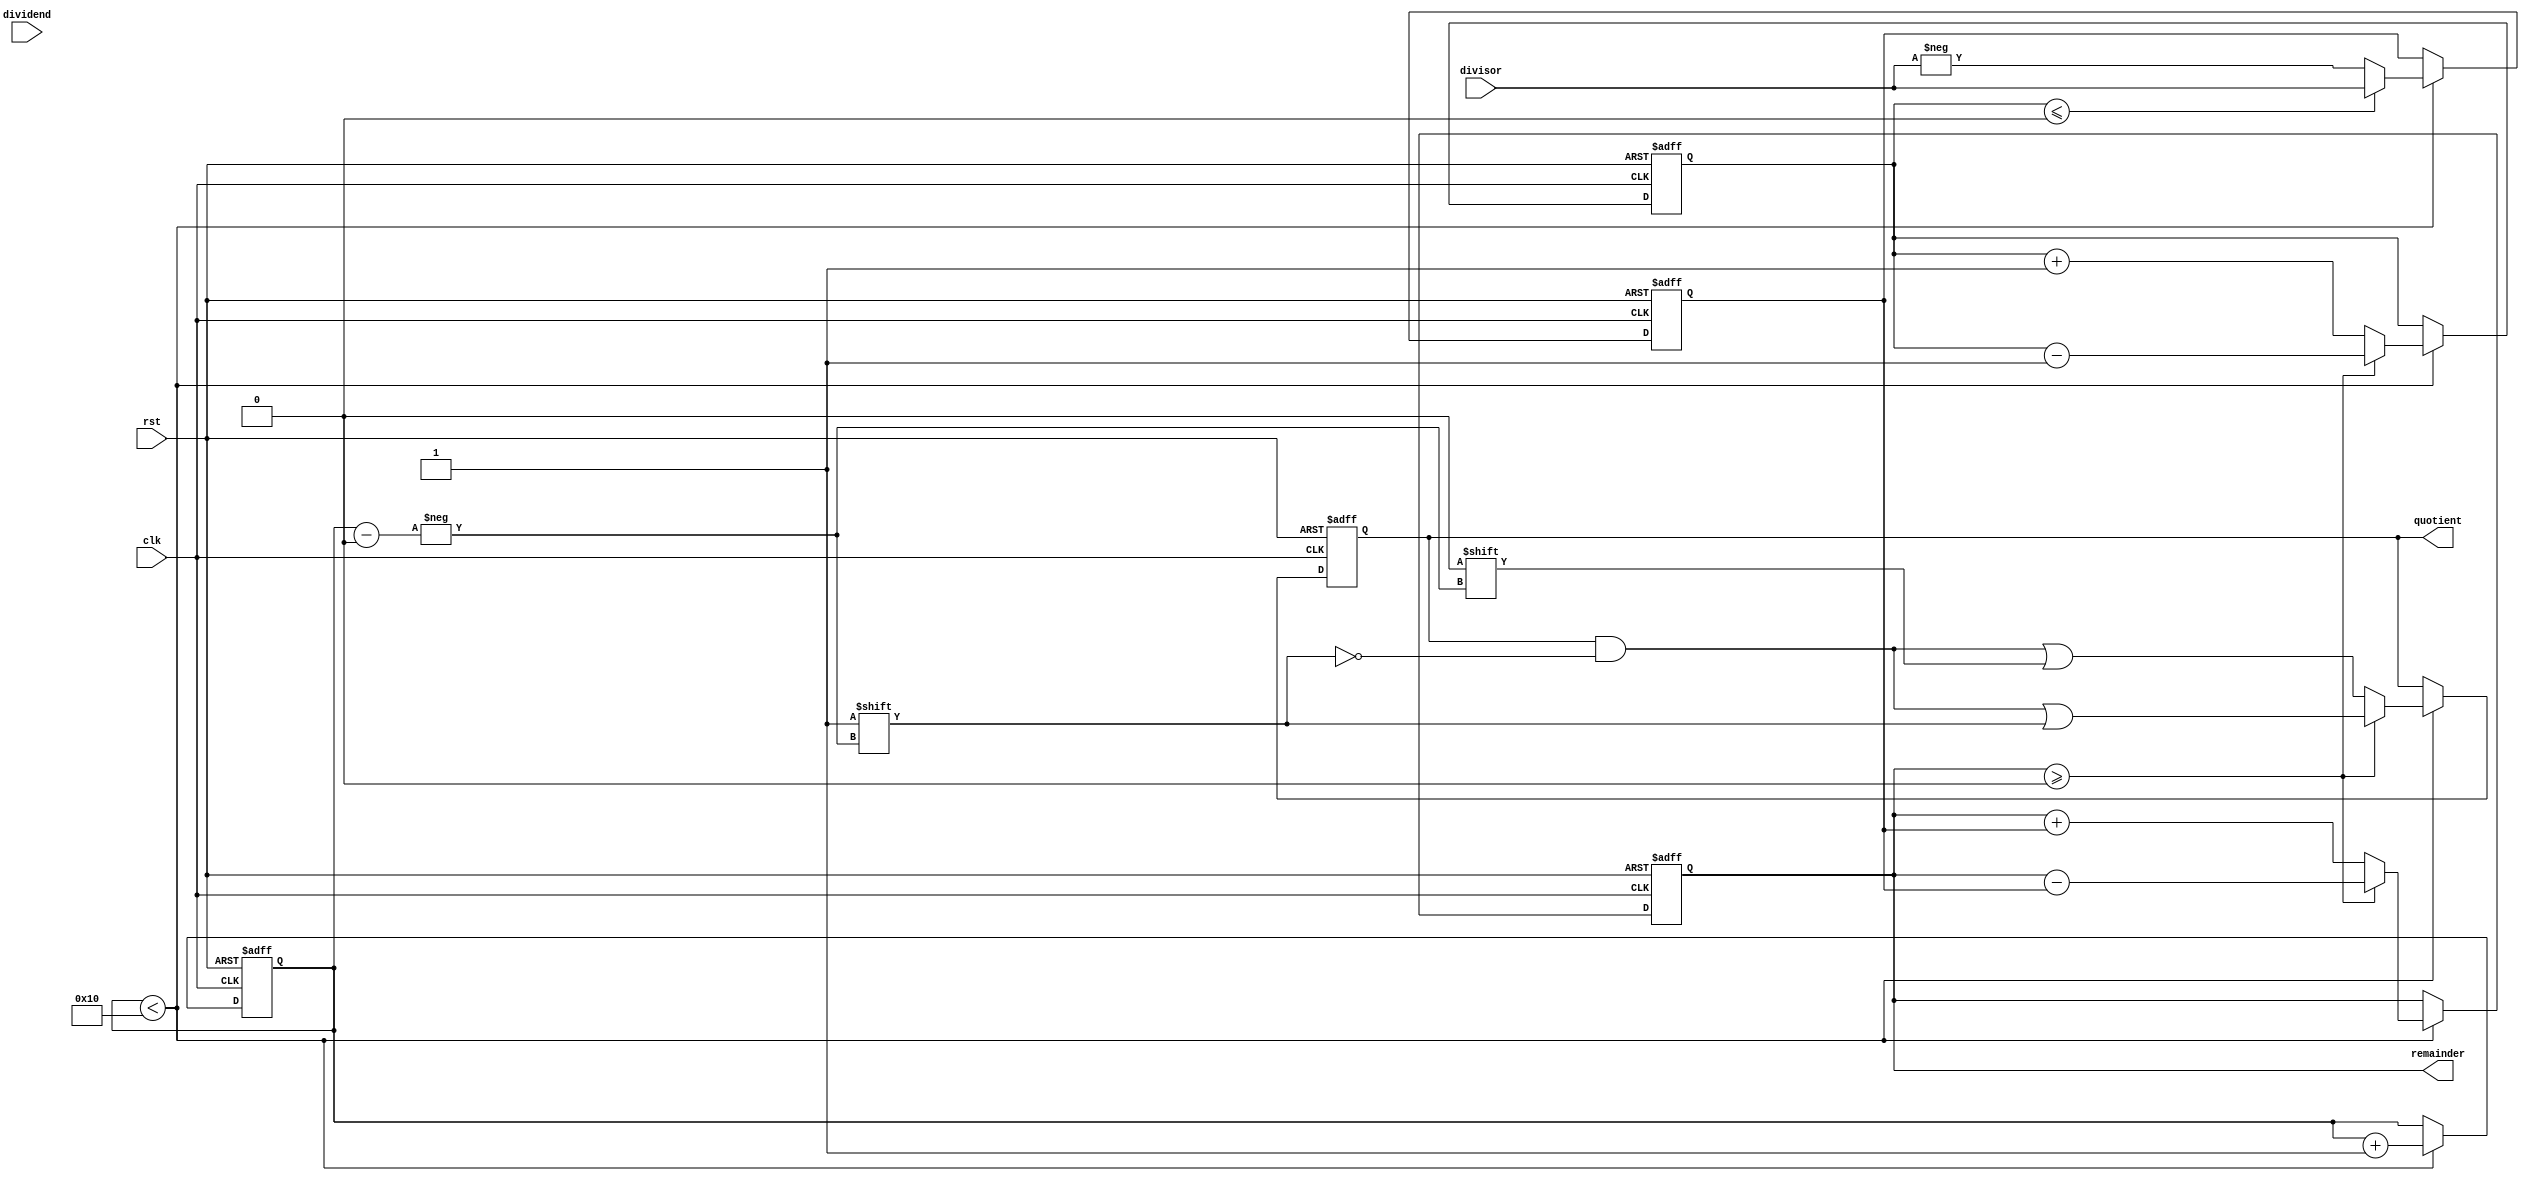
module fast_division (
  input clk,
  input rst,
  input signed [15:0] dividend,
  input signed [15:0] divisor,
  output signed [15:0] quotient,
  output signed [15:0] remainder
);

  reg signed [15:0] quotient_reg;
  reg signed [15:0] remainder_reg;
  reg signed [15:0] divisor_reg;
  reg [3:0] count;
  reg [3:0] n;

  always @(posedge clk or posedge rst) begin
    if (rst) begin
      quotient_reg <= 0;
      remainder_reg <= 0;
      divisor_reg <= 0;
      count <= 0;
      n <= 0;
    end else begin
      if (count < 16) begin
        remainder_reg <= remainder_reg << 1;
        remainder_reg[0] <= dividend[15];
        divisor_reg <= (n <= 0) ? divisor : -divisor;
        if (remainder_reg >= 0) begin
          remainder_reg <= remainder_reg - divisor_reg;
          quotient_reg[count] <= 1;
          n <= n - 1;
        end else begin
          remainder_reg <= remainder_reg + divisor_reg;
          quotient_reg[count] <= 0;
          n <= n + 1;
        end
        count <= count + 1;
      end
    end
  end

  assign quotient = quotient_reg;
  assign remainder = remainder_reg;

endmodule